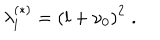
\lambda _ { l } ^ { ( \ast ) } = \left( l + \nu _ { 0 } \right) ^ { 2 } \; .